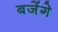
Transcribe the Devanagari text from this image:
बजेंगे